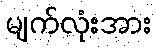
မျက်လုံးအား